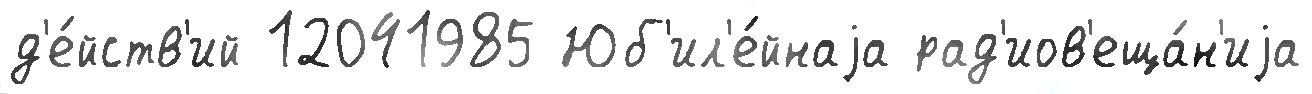
д'е́йств'ий 12041985 Юб'ил'е́йнаjа рад'иов'еща́н'иjа